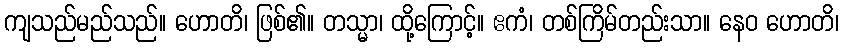
ကျသည်မည်သည်။ ဟောတိ၊ ဖြစ်၏။ တသ္မာ၊ ထို့ကြောင့်။ ဧကံ၊ တစ်ကြိမ်တည်းသာ။ နေဝ ဟောတိ၊